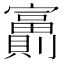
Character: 𡬂